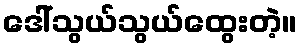
ဒေါ်သွယ်သွယ်ထွေးတဲ့။